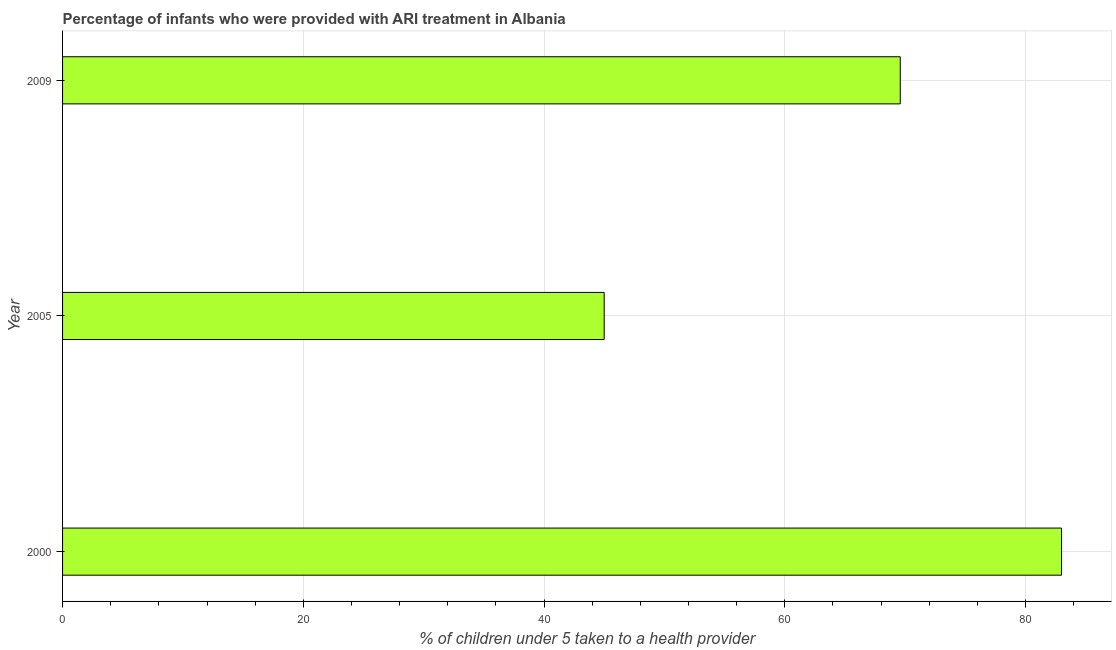
| Year | ARI treatment |
 | --- | --- |
 | 2000 | 83 |
 | 2005 | 45 |
 | 2009 | 69.6 |